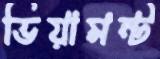
ভিয়ামন্ট